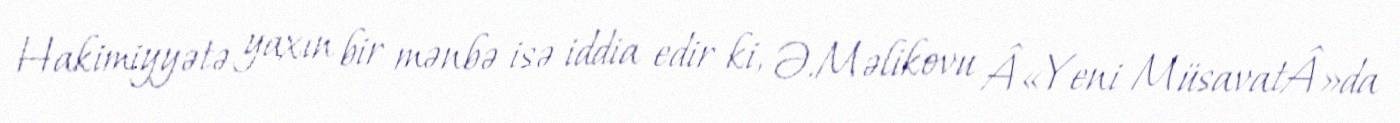
Hakimiyyətə yaxın bir mənbə isə iddia edir ki, Ə.Məlikovu Â«Yeni MüsavatÂ»da